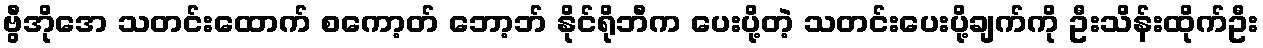
ဗွီအိုအေ သတင်းထောက် စကော့တ် ဘော့ဘ် နိုင်ရိုဘီက ပေးပို့တဲ့ သတင်းပေးပို့ချက်ကို ဦးသိန်းထိုက်ဦး